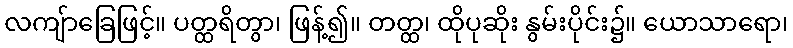
လကျ်ာခြေဖြင့်။ ပတ္ထရိတွာ၊ ဖြန့်၍။ တတ္ထ၊ ထိုပုဆိုး နွမ်းပိုင်း၌။ ယောသာရော၊